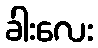
ခါးလေး